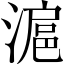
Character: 滬